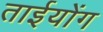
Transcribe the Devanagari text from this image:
ताईयोंग